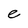
Character: e